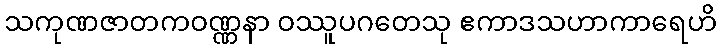
သကုဏဇာတကဝဏ္ဏနာ ဝဿူပဂတေသု ဧကာဒသဟာကာရေဟိ